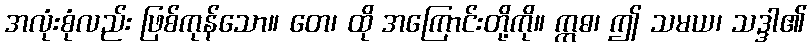
အလုံးစုံလည်း ဖြစ်ကုန်သော။ တေ၊ ထို အကြောင်းတို့ကို။ ဣဓ၊ ဤ သမယ၊ သဒ္ဒါ၏